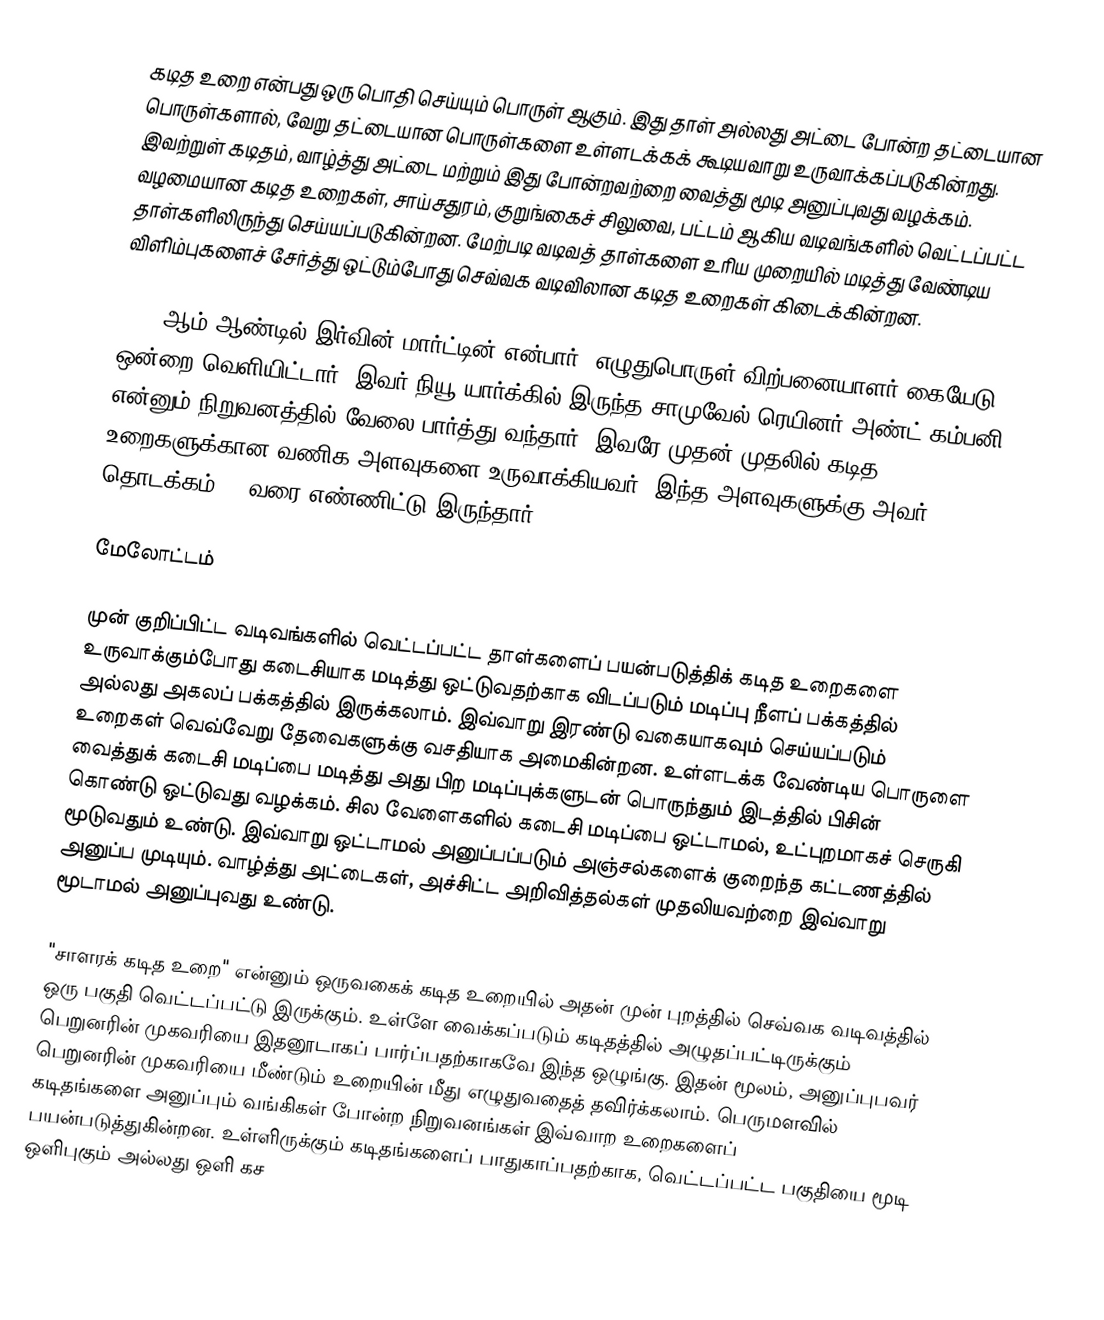
கடித உறை என்பது ஒரு பொதி செய்யும் பொருள் ஆகும். இது தாள் அல்லது அட்டை போன்ற தட்டையான பொருள்களால், வேறு தட்டையான பொருள்களை உள்ளடக்கக் கூடியவாறு உருவாக்கப்படுகின்றது. இவற்றுள் கடிதம், வாழ்த்து அட்டை மற்றும் இது போன்றவற்றை வைத்து மூடி அனுப்புவது வழக்கம். வழமையான கடித உறைகள், சாய்சதுரம், குறுங்கைச் சிலுவை, பட்டம் ஆகிய வடிவங்களில் வெட்டப்பட்ட தாள்களிலிருந்து செய்யப்படுகின்றன. மேற்படி வடிவத் தாள்களை உரிய முறையில் மடித்து வேண்டிய விளிம்புகளைச் சேர்த்து ஒட்டும்போது செவ்வக வடிவிலான கடித உறைகள் கிடைக்கின்றன.

1876 ஆம் ஆண்டில் இர்வின் மார்ட்டின் என்பார் "எழுதுபொருள் விற்பனையாளர் கையேடு ஒன்றை வெளியிட்டார். இவர் நியூ யார்க்கில் இருந்த சாமுவேல் ரெயினர் அண்ட் கம்பனி என்னும் நிறுவனத்தில் வேலை பார்த்து வந்தார். இவரே முதன் முதலில் கடித உறைகளுக்கான வணிக அளவுகளை உருவாக்கியவர். இந்த அளவுகளுக்கு அவர் 0 தொடக்கம் 12 வரை எண்ணிட்டு இருந்தார்.

மேலோட்டம்

முன் குறிப்பிட்ட வடிவங்களில் வெட்டப்பட்ட தாள்களைப் பயன்படுத்திக் கடித உறைகளை உருவாக்கும்போது கடைசியாக மடித்து ஒட்டுவதற்காக விடப்படும் மடிப்பு நீளப் பக்கத்தில் அல்லது அகலப் பக்கத்தில் இருக்கலாம். இவ்வாறு இரண்டு வகையாகவும் செய்யப்படும் உறைகள் வெவ்வேறு தேவைகளுக்கு வசதியாக அமைகின்றன. உள்ளடக்க வேண்டிய பொருளை வைத்துக் கடைசி மடிப்பை மடித்து அது பிற மடிப்புக்களுடன் பொருந்தும் இடத்தில் பிசின் கொண்டு ஒட்டுவது வழக்கம். சில வேளைகளில் கடைசி மடிப்பை ஒட்டாமல், உட்புறமாகச் செருகி மூடுவதும் உண்டு. இவ்வாறு ஒட்டாமல் அனுப்பப்படும் அஞ்சல்களைக் குறைந்த கட்டணத்தில் அனுப்ப முடியும். வாழ்த்து அட்டைகள், அச்சிட்ட அறிவித்தல்கள் முதலியவற்றை இவ்வாறு மூடாமல் அனுப்புவது உண்டு.

"சாளரக் கடித உறை" என்னும் ஒருவகைக் கடித உறையில் அதன் முன் புறத்தில் செவ்வக வடிவத்தில் ஒரு பகுதி வெட்டப்பட்டு இருக்கும். உள்ளே வைக்கப்படும் கடிதத்தில் அழுதப்பட்டிருக்கும் பெறுனரின் முகவரியை இதனூடாகப் பார்ப்பதற்காகவே இந்த ஒழுங்கு. இதன் மூலம், அனுப்புபவர் பெறுனரின் முகவரியை மீண்டும் உறையின் மீது எழுதுவதைத் தவிர்க்கலாம். பெருமளவில் கடிதங்களை அனுப்பும் வங்கிகள் போன்ற நிறுவனங்கள் இவ்வாற உறைகளைப் பயன்படுத்துகின்றன. உள்ளிருக்கும் கடிதங்களைப் பாதுகாப்பதற்காக, வெட்டப்பட்ட பகுதியை மூடி ஒளிபுகும் அல்லது ஒளி கச